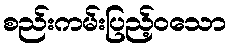
စည်းကမ်းပြည့်ဝသော